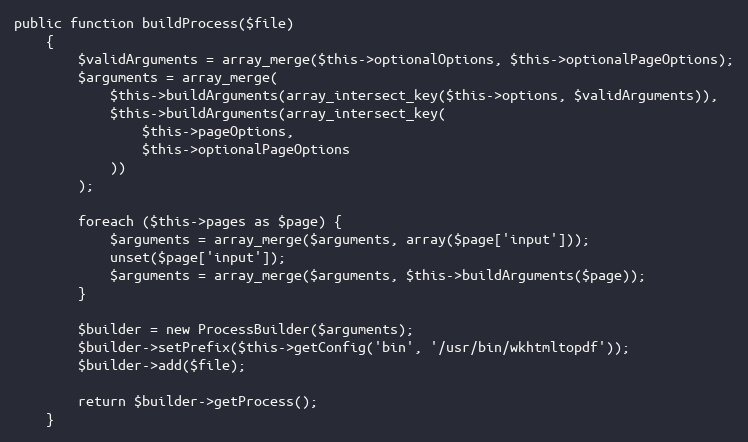
Language: PHP
public function buildProcess($file)
    {
        $validArguments = array_merge($this->optionalOptions, $this->optionalPageOptions);
        $arguments = array_merge(
            $this->buildArguments(array_intersect_key($this->options, $validArguments)),
            $this->buildArguments(array_intersect_key(
                $this->pageOptions,
                $this->optionalPageOptions
            ))
        );

        foreach ($this->pages as $page) {
            $arguments = array_merge($arguments, array($page['input']));
            unset($page['input']);
            $arguments = array_merge($arguments, $this->buildArguments($page));
        }

        $builder = new ProcessBuilder($arguments);
        $builder->setPrefix($this->getConfig('bin', '/usr/bin/wkhtmltopdf'));
        $builder->add($file);

        return $builder->getProcess();
    }